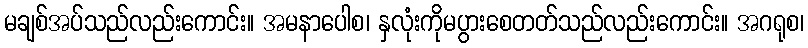
မချစ်အပ်သည်လည်းကောင်း။ အမနာပေါစ၊ နှလုံးကိုမပွားစေတတ်သည်လည်းကောင်း။ အဂရုစ၊